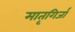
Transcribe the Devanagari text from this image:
मातृगिर्जा